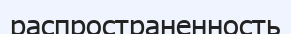
распространенность